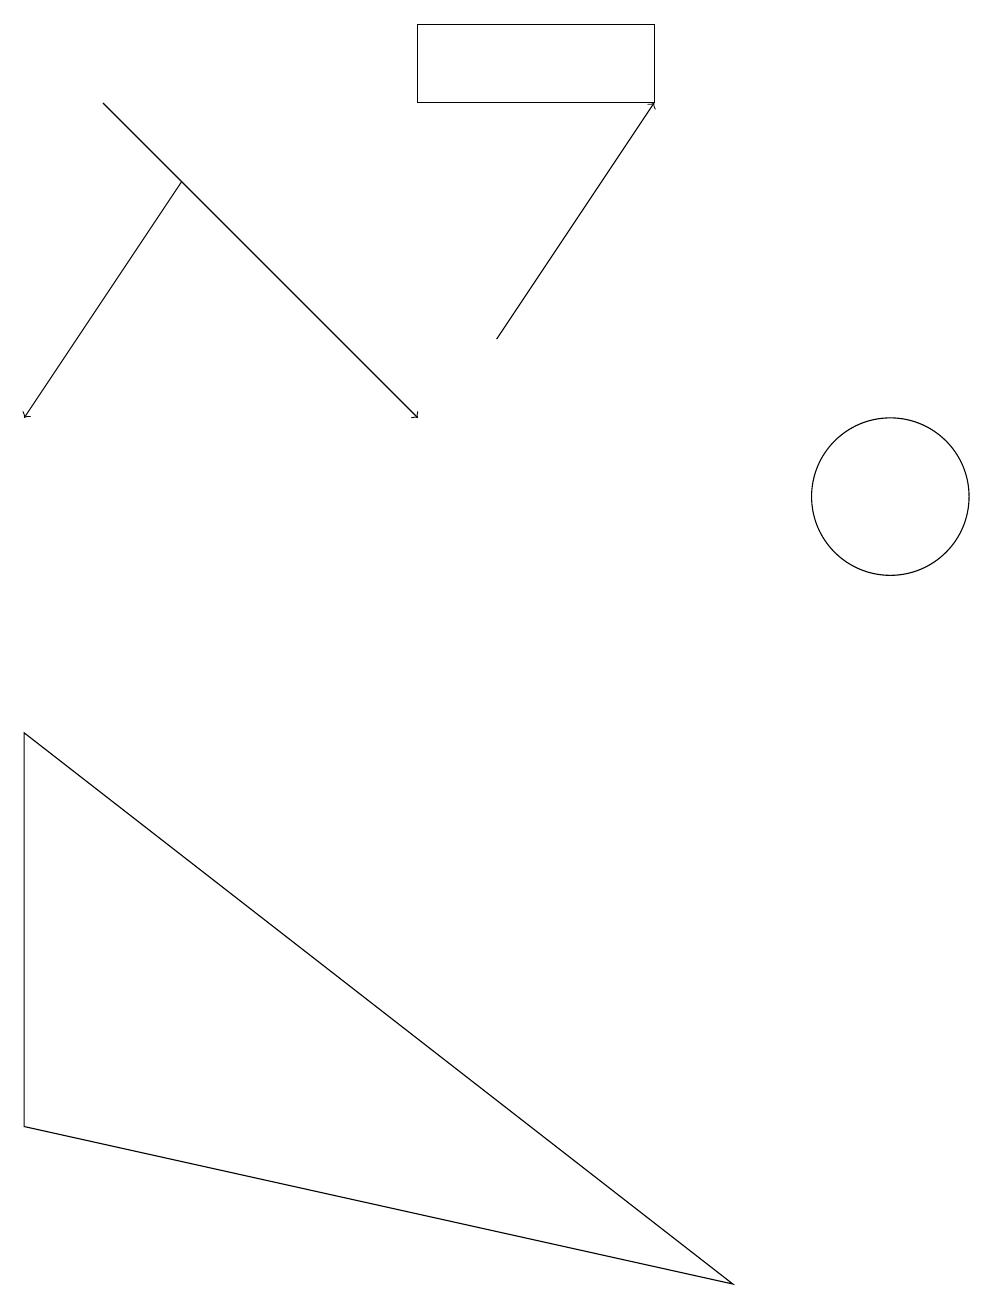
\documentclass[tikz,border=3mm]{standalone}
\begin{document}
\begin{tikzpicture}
\draw[->] (2,14) -- (0,11);
\draw[->] (1,15) -- (5,11);
\draw (11,10) circle (1);
\draw (0,2) -- (9,0) -- (0,7) -- cycle;
\draw[->] (6,12) -- (8,15);
\draw (8,16) rectangle (5,15);
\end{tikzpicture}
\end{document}